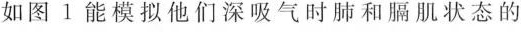
如图1能模拟他们深吸气时肺和膈肌状态的